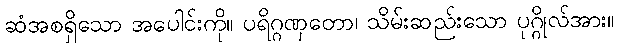
ဆံအစရှိသော အပေါင်းကို။ ပရိဂ္ဂဏှတော၊ သိမ်းဆည်းသော ပုဂ္ဂိုလ်အား။